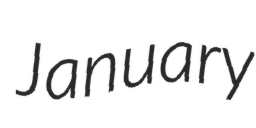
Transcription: January